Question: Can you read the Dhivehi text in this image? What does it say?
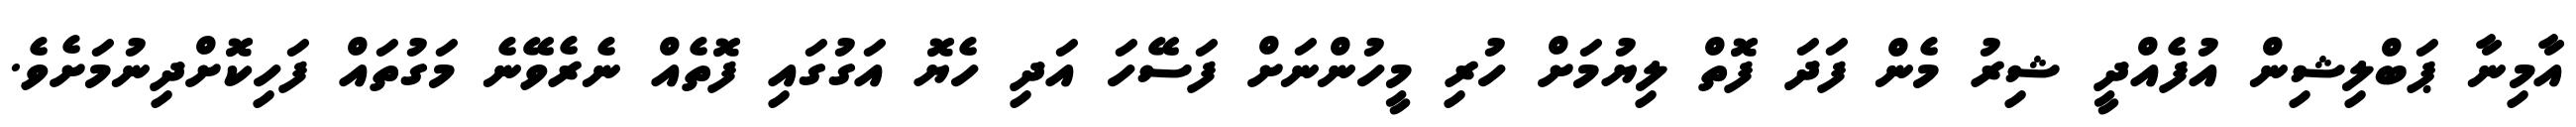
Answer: އާމިނާ ޕަބްލިޝިން އުފެއްދީ ޝިރު މެން ފަދަ ފޮތް ލިޔުމަށް ހުރި މީހުންނަށް ފަސޭހަ އަދި ހެޔޮ އަގުގައި ފޮތެއް ނެރެވޭނެ މަގުތައް ފަހިކޮށްދިނުމަށެވެ.